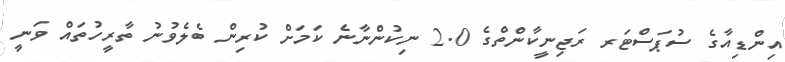
އިންޑިއާގެ ސުޕަސްޓަރ ރަޖިނީކާންތްގެ 2.0 ނިކުންނާނެ ކަމަށް ކުރިން ބެލެވުނު ތާރީހުތައް ވަނީ